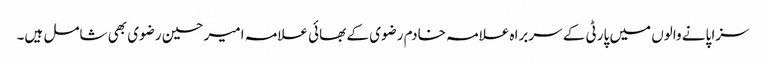
سزا پانے والوں میں پارٹی کے سربراہ علامہ خادم رضوی کے بھائی علامہ امیر حسین رضوی بھی شامل ہیں۔